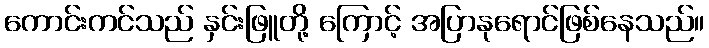
ကောင်းကင်သည် နှင်းဖြူတို့ ကြောင့် အပြာနုရောင်ဖြစ်နေသည်။